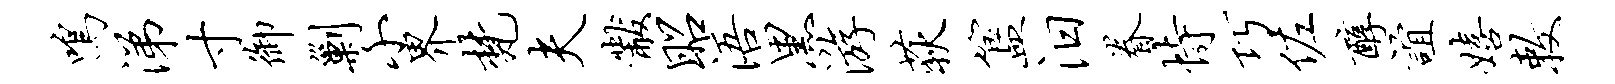
鸣涕寸御剿小界梵夫黻昭浯黑游荻簋汨眷恃巧佐醇谊嬉敕